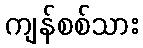
ကျန်စစ်သား